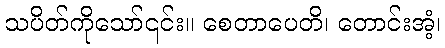
သပိတ်ကိုသော်၎င်း။ စေတာပေတိ၊ တောင်းအံ့၊